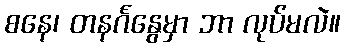
စနေ၊ တနင်္ဂနွေမှာ ဘာ လုပ်မလဲ။